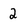
Character: 2